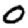
Digit: 0